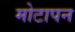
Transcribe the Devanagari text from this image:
मोटापन